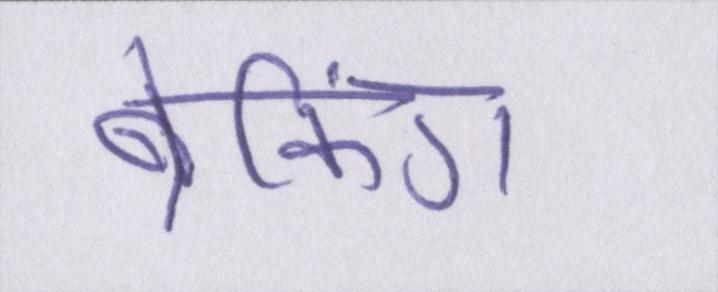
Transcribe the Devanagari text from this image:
ब्रेकिंग